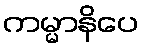
ကမ္မာနိပေ